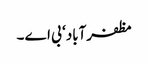
مظفرآباد ‘ بی اے ۔